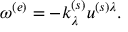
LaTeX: \omega ^ { ( e ) } = - k _ { \lambda } ^ { ( s ) } u ^ { ( s ) \lambda } .